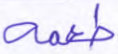
طعمه